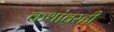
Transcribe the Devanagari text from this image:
कथांवरही